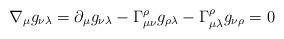
LaTeX: \begin{align*}\nabla _{\mu }g_{\nu \lambda }=\partial _{\mu }g_{\nu \lambda }-\Gamma _{\mu\nu }^{\rho }g_{\rho \lambda }-\Gamma _{\mu \lambda }^{\rho }g_{\nu \rho }=0\end{align*}